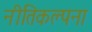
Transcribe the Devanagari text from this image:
नीतिकल्पना